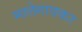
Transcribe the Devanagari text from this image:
मालेगावकर